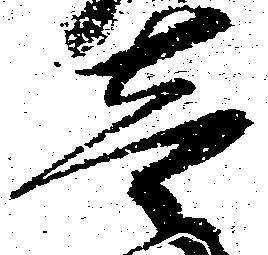
壱